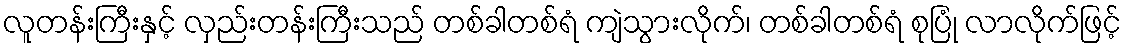
လူတန်းကြီးနှင့် လှည်းတန်းကြီးသည် တစ်ခါတစ်ရံ ကျဲသွားလိုက်၊ တစ်ခါတစ်ရံ စုပြုံ လာလိုက်ဖြင့်